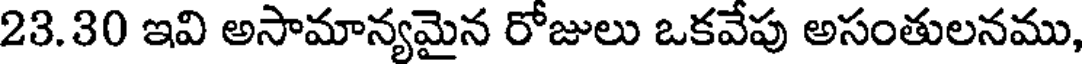
23.30 ఇవి అసామాన్యమైన రోజులు ఒకవేపు అసంతులనము,